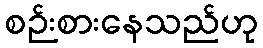
စဉ်းစားနေသည်ဟု